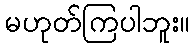
မဟုတ်ကြပါဘူး။